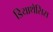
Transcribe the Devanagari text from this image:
डियाथेसिस